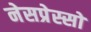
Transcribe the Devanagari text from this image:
नेसप्रेस्सो